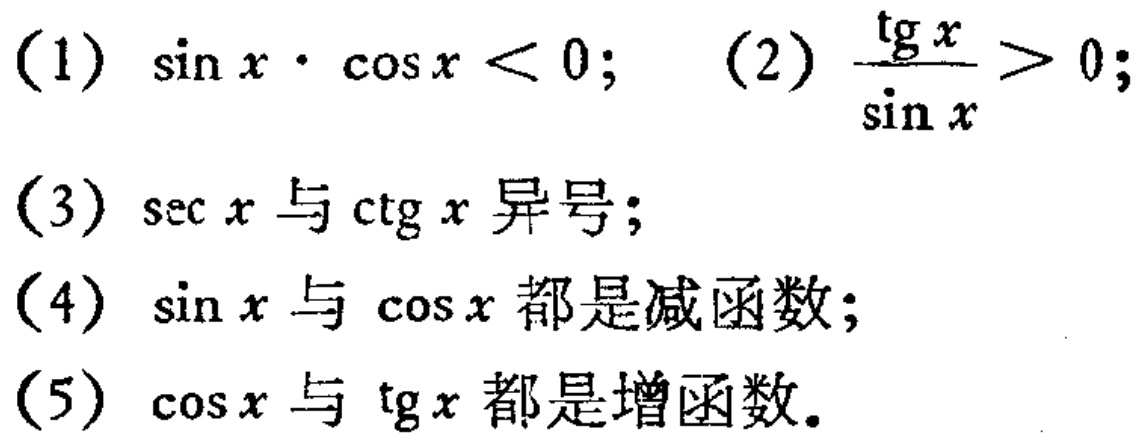
(1) \(\sin x\cdot\cos x < 0\); (2) \(\frac{\text{tg }x}{\sin x}>0\);
(3) \(\sec x\) 与 \(\text{ctg }x\) 异号;
(4) \(\sin x\) 与 \(\cos x\) 都是减函数;
(5) \(\cos x\) 与 \(\text{tg }x\) 都是增函数.